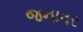
જનાવર